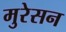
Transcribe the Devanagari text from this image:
मुरेसन